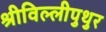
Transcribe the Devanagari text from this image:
श्रीविल्लीपुथुर